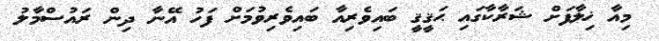
މިއާ ޚިލާފަށް ޝަރާކާގައި ޙަޤީޤީ ބައިވެރިއާ ބައިވެރިވުމަށް ފަހު އޭނާ ދިން ރައުސްމާލު